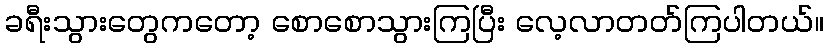
ခရီးသွားတွေကတော့ စောစောသွားကြပြီး လေ့လာတတ်ကြပါတယ်။